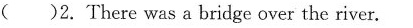
( )2. There was a bridge over the river.